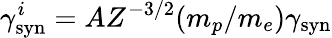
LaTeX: \gamma_{\mathrm{syn}}^{i}=AZ^{-3/2}(m_{p}/m_{e})\gamma_{\mathrm{syn}}